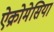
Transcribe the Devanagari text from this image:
ऐक्रोमेसिया